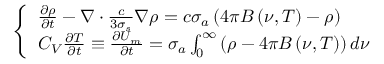
\left\{ \begin{array} { l } { { \frac { \partial \rho } { \partial t } - \nabla \cdot \frac { c } { 3 \sigma _ { s } } \nabla \rho = c \sigma _ { a } \left( 4 \pi B \left( \nu , T \right) - \rho \right) } } \\ { { C _ { V } \frac { \partial T } { \partial t } \equiv \frac { \partial U _ { m } } { \partial t } = \sigma _ { a } \int _ { 0 } ^ { \infty } \left( \rho - 4 \pi B \left( \nu , T \right) \right) d \nu } } \end{array} \right.